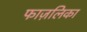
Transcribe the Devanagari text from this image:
फाज़लिका